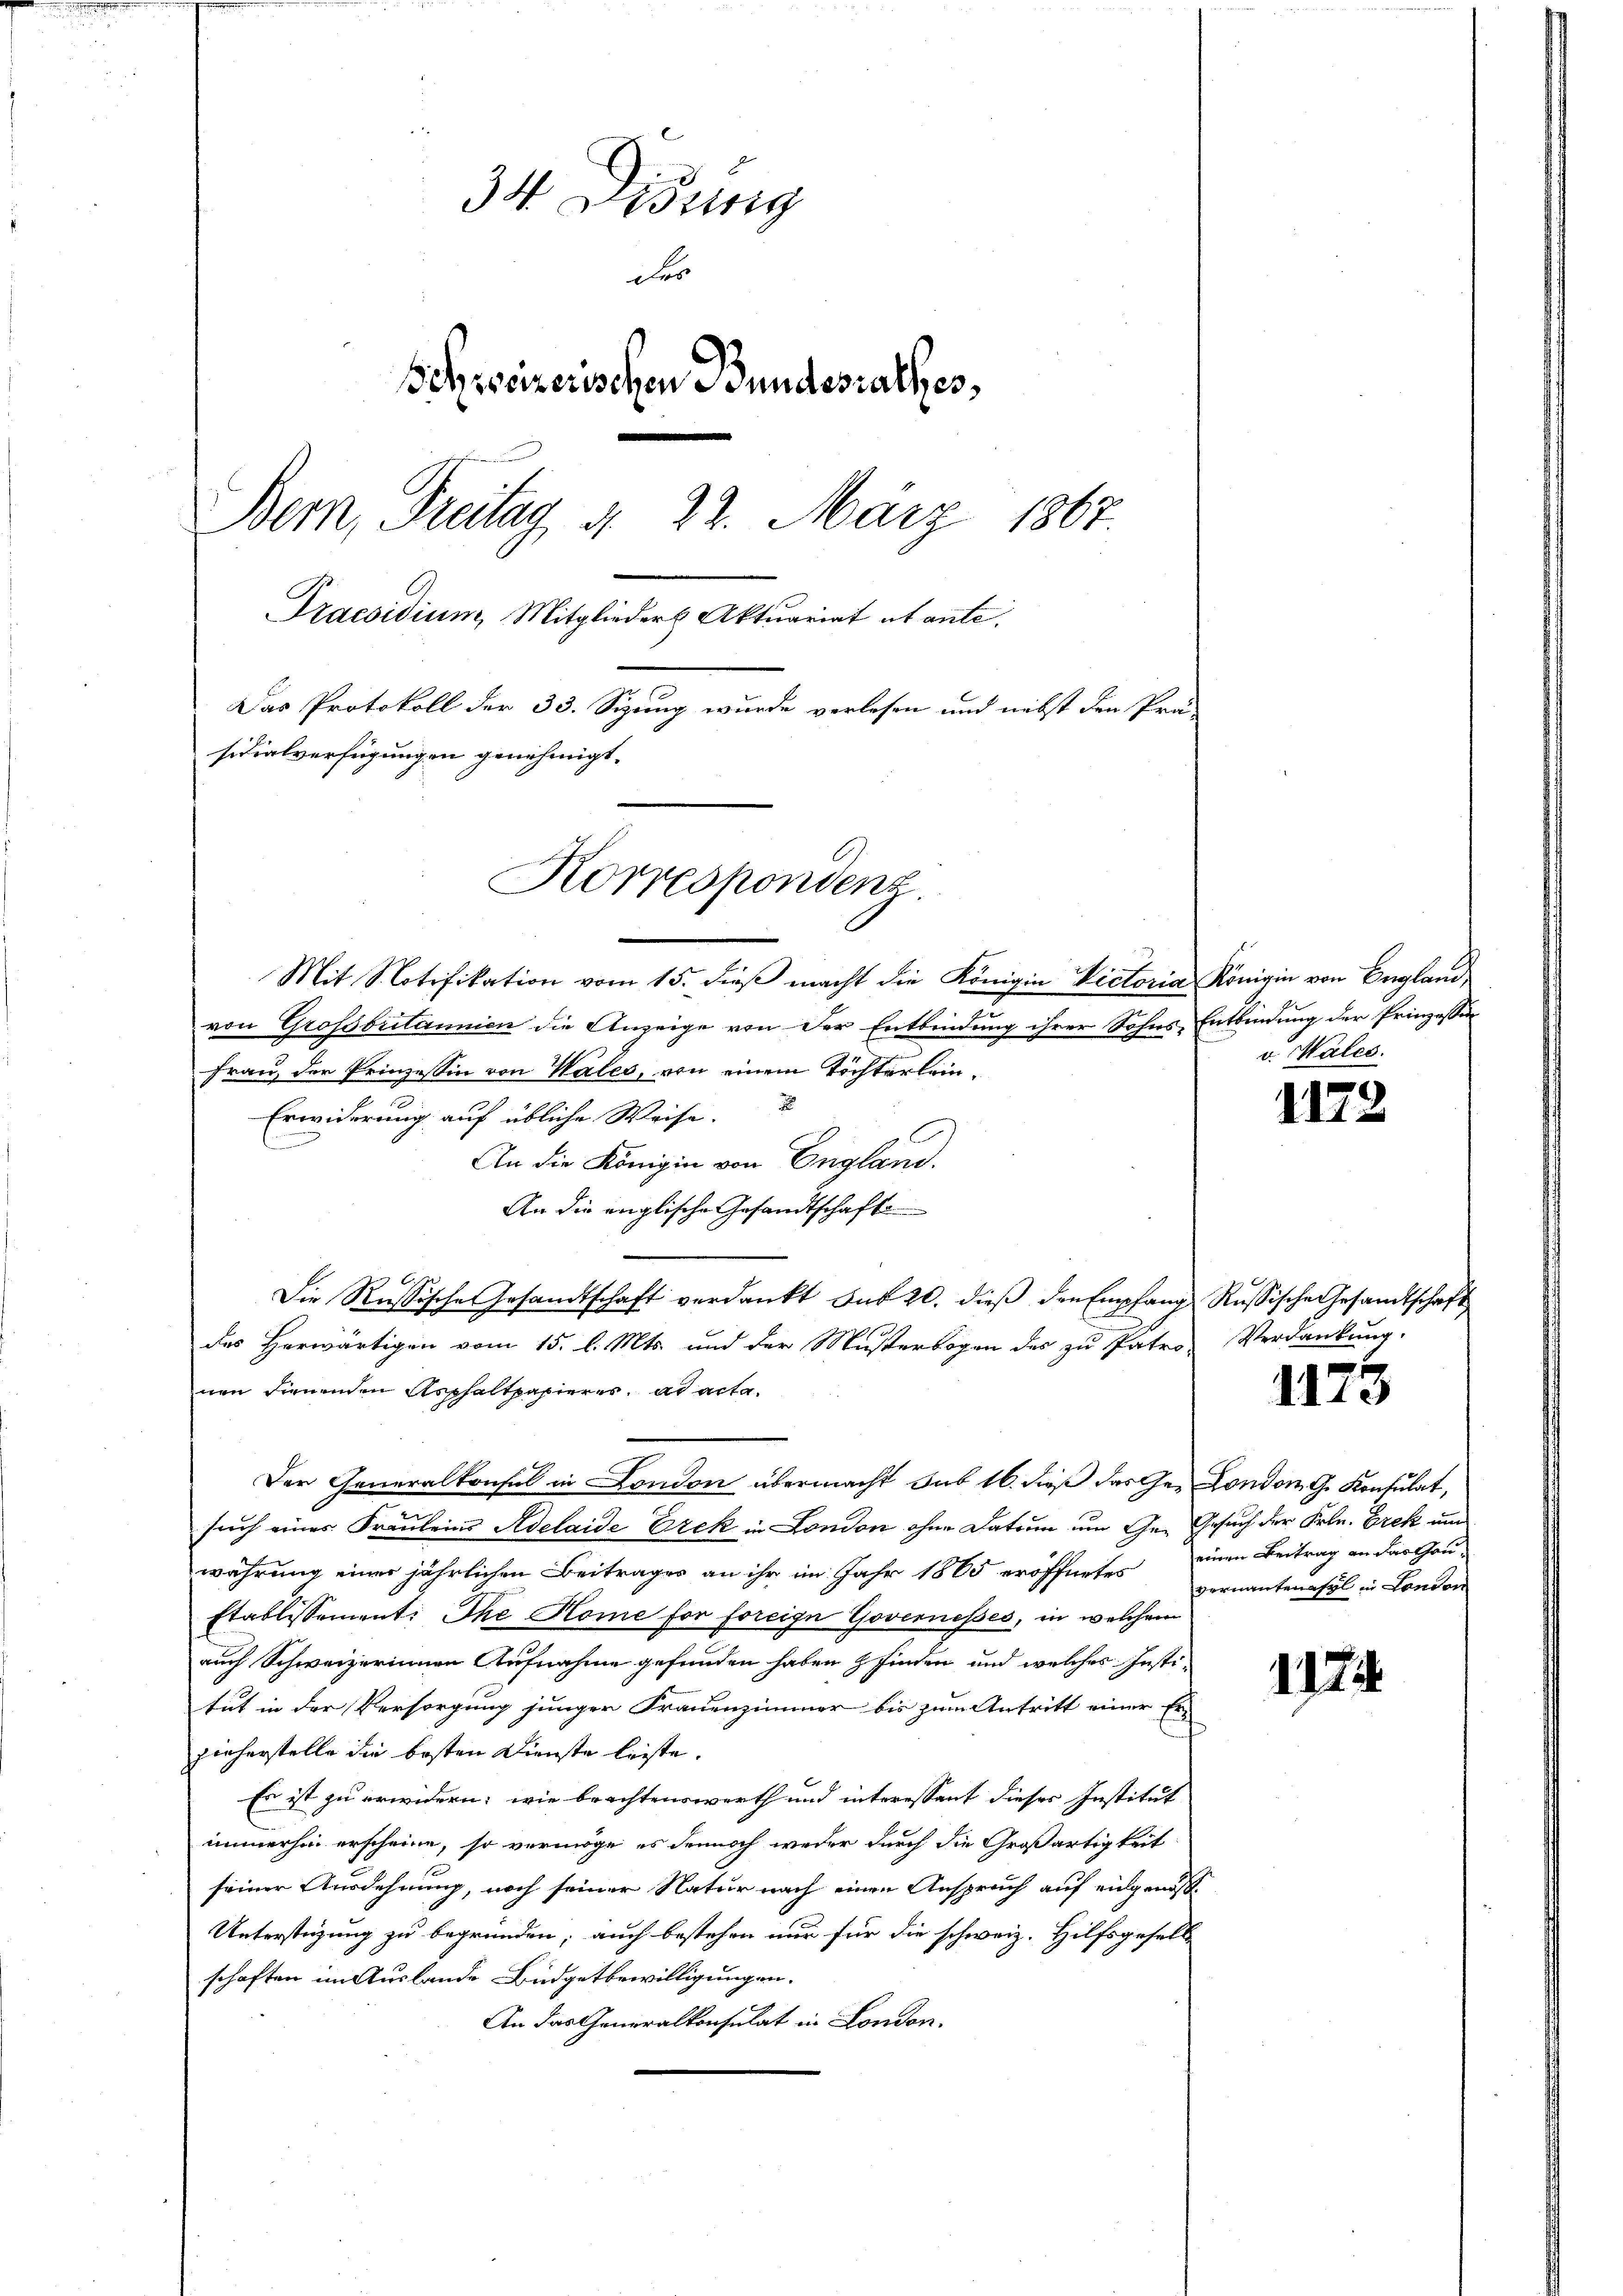
34 Disung
Fer
Schsseizerischen Bundesrathes,
Bern, Freitag d. 22. März 1867.
Praesidium, Mitglieder Aktuariat abante.
Das Protokoll der 33. Sizung wurde verlesen und nebst den Prä-
sidialverfügungen genehmigt.
Korrespondenz.

e
von Grossbritannien die Anzeige von der Entbindung ihrer Sohns Entbindung der Prinzessin
Frau, der Prinzessin von Wales, von einem Töchterlein¬
Erwiderung auf übliche Weise.
l
An die Königin von England.
An die englische Gesandtschafte
Die Russische Gesandtschaft verdankt sub 20. dieß den Empfang
des Herwärtigen vom 15. l. Mts. und der Musterbogen des zu Patro-
nen dienenden Asphaltpapieres, ad acta.
such eines Fräuleins Adelaide Erek in London ohne Datum um Ge- Gesuch der Frln. Erek und
währung einer jährlichen Beitrages an ihr im Jahr 1865 eröffnetes vernantenasyl in London
Etablissementi The Home for foreige Governesses, in welchem
auch Schweizerinnen Aufnahme gefunden haben finden und welches Institut in der Versorgung junger Frauenzimmer bis zum Antritt einer Erzieherstelle die besten Dienste leiste.
Es ist zu erwidern; wie brachtenswerth und interessant dieses Institut
immerhin erscheine, so vermöge es dennoch weder durch die Großartigkeit
seiner Ausdehnung, noch seiner Natur nach einen Anspruch auf eingenos¬
Unterstüzung zu begründen, auch bestehen nur für die schweiz. Hilfsgesell
schaften im Auslande Büdgetbewilligungen.
An das Generalkonsulat in London.

Der Generalkonsul in London übermacht sub 16. dieß das Ge- London G. Konsulat,

Mit Notifikation vom 15. dieß macht die Königin Victoria Königin von England

v. Wales.

1172

Russische Gesandtschaft
Verdankung.

1173

einen Beitrag an das Hau¬

1174